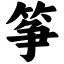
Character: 筝